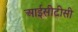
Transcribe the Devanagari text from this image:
आईसीटीसी